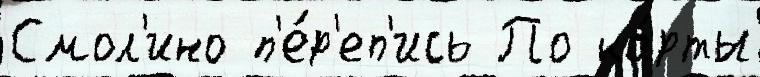
Смол'ино п'е́р'еп'ись По ка́рты